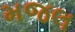
મજલ